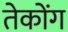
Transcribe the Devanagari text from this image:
तेकोंग